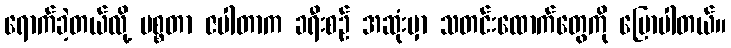
ရောက်ခဲ့တယ်လို့ မစ္စတာ ဇပါတာက ခရီးစဉ် အဆုံးမှာ သတင်းထောက်တွေကို ပြောပါတယ်။